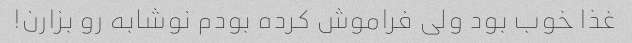
غذا خوب بود ولی فراموش کرده بودم نوشابه رو بزارن!